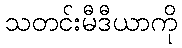
သတင်းမီဒီယာကို